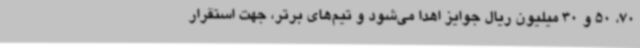
70، 50 و 30 میلیون ریال جوایز اهدا می‌شود و تیم‌های برتر، جهت استقرار